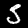
Label: 5